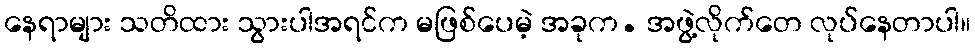
နေရာများ သတိထား သွားပါအရင်က မဖြစ်ပေမဲ့ အခုက. အဖွဲ့လိုက်တေ လုပ်နေတာပါ။